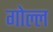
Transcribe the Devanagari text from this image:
गोल्ल